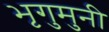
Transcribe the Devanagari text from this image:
भृगुमुनी